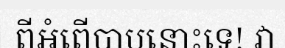
ពីអំពើបាបនោះទេ! វា